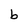
Character: b